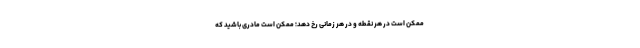
ممکن است در هر نقطه و در هر زمانی رخ دهد؛ ممکن است مادری باشید که